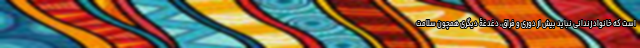
است که خانواد زندانی نباید بیش از دوری و فراق، دغدغۀ دیگری همچون سلامت